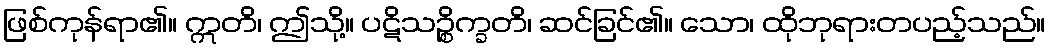
ဖြစ်ကုန်ရာ၏။ ဣတိ၊ ဤသို့။ ပဋိသဉ္စိက္ခတိ၊ ဆင်ခြင်၏။ သော၊ ထိုဘုရားတပည့်သည်။